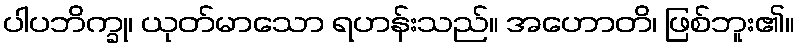
ပါပဘိက္ခု၊ ယုတ်မာသော ရဟန်းသည်။ အဟောတိ၊ ဖြစ်ဘူး၏။